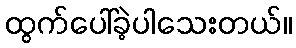
ထွက်ပေါ်ခဲ့ပါသေးတယ်။